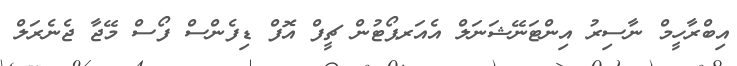
އިބްރާހީމް ނާސިރު އިންޓަނޭޝަނަލް އެއަރޕޯޓުން ޗީފް އޮފް ޑިފެންސް ފޯސް މޭޖާ ޖެނެރަލް